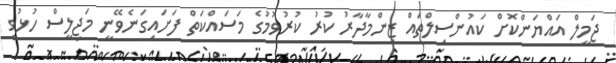
ޖަމީލް އައްޔަންކޮށް ކައުންސިލްތައް ޒިންމާދާރު ކުރު ކުރުވުމުގެ މަސައްކަތް ފަށައިގަނެވޭނީ މަޖިލީސް ހުޅުވި